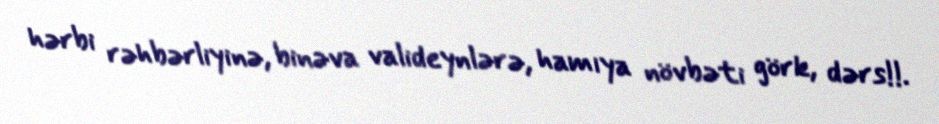
hərbi rəhbərliyinə, binəva valideynlərə, hamıya növbəti görk, dərs!!.